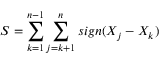
S = { \sum _ { k = 1 } ^ { n - 1 } \sum _ { j = k + 1 } ^ { n } s i g n ( X _ { j } - X _ { k } ) }